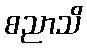
စညာသိ